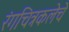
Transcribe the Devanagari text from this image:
रंगचित्रकलेचे